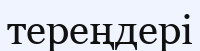
тереңдері